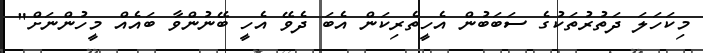
މިކަހަލަ ދަތުރުތަކުގެ ސަބަބުން އެހީތެރިކަން އެބަ ދެވޭ އެހީ ބޭނުންވާ ބައެއް މީހުންނަށް"